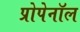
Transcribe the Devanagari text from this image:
प्रोपेनॉल